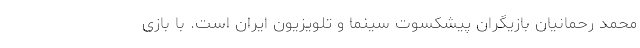
محمد رحمانیان بازیگران پیشکسوت سینما و تلویزیون ایران است. با بازی